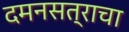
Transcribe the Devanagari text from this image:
दमनसत्राचा